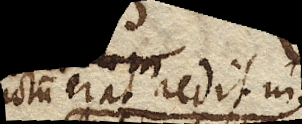
erat redit in